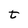
Character: t